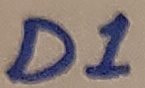
Text: D!